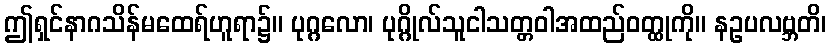
ဤရှင်နာဂသိန်မထေရ်ဟူရာ၌။ ပုဂ္ဂလော၊ ပုဂ္ဂိုလ်သူငါသတ္တဝါအထည်ဝတ္ထုကို။ နဥပလဗ္ဘတိ၊